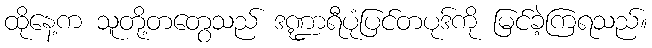
ထိုနေ့က သူတို့တတွေသည် ဒဏ္ဍာရီပုံပြင်တပုဒ်ကို မြင်ခဲ့ကြရသည်။